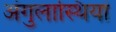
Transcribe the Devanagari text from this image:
अंगुलास्थियां